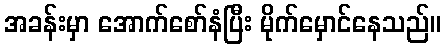
အခန်းမှာ အောက်စော်နံပြီး မိုက်မှောင်နေသည်။